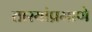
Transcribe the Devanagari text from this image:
तारयांप्रमाणे